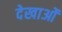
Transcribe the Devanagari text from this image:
देखाओं